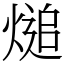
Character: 㷟